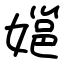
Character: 㜉